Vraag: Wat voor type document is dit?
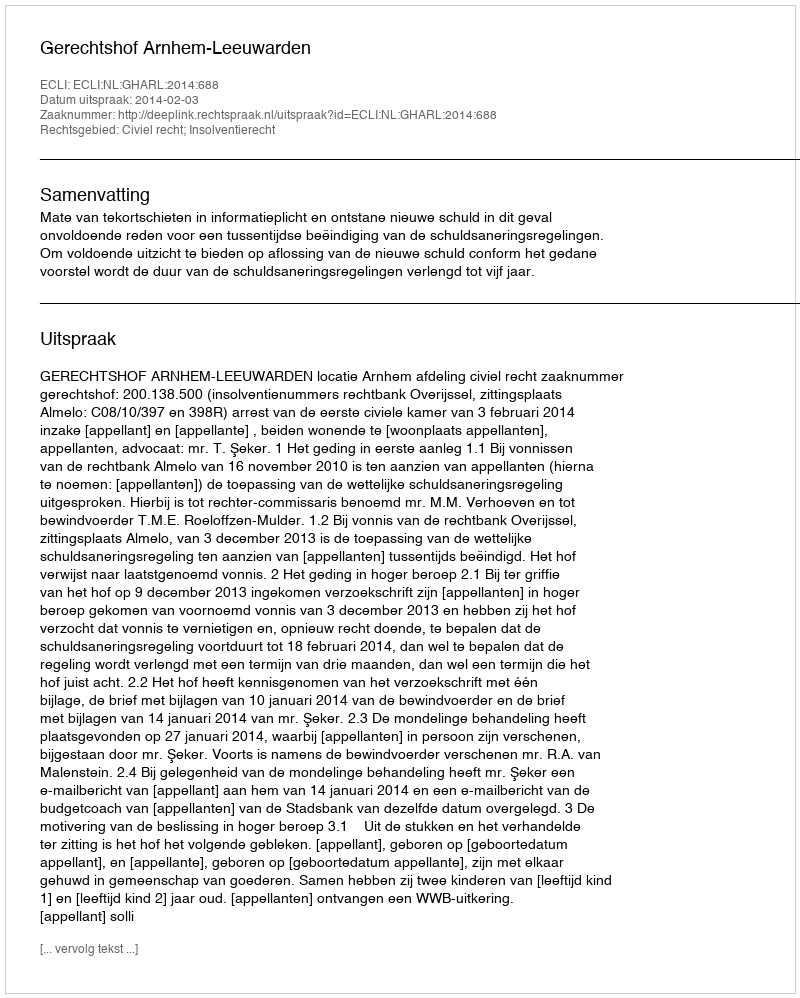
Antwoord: Uitspraak